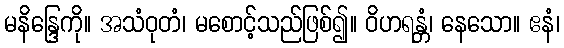
မနိန္ဒြေကို။ အသံဝုတံ၊ မစောင့်သည်ဖြစ်၍။ ဝိဟရန္တံ၊ နေသော။ ဧနံ၊